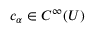
c _ { \alpha } \in C ^ { \infty } ( U )